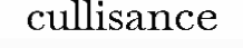
cullisance